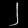
Digit: ၂